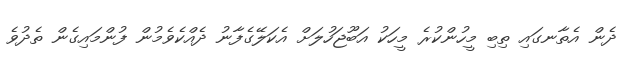
ދެން އެތާނގައި ތިބި މީހުންކުރެ މީހަކު އަބޫޖަހުލަށް އެކަލޭގެފާނު ދެއްކެވެމުން ފުންމައިގެން ތެދުވެ